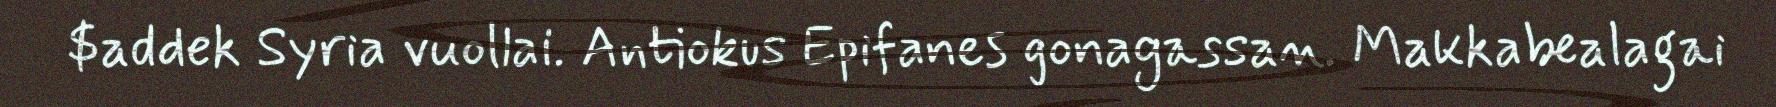
$addek Syria vuollai. Antiokus Epifanes gonagassan. Makkabealagai